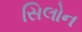
સિલોન